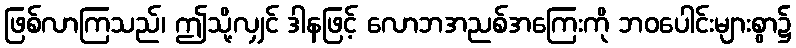
ဖြစ်လာကြသည်၊ ဤသို့လျှင် ဒါနဖြင့် လောဘအညစ်အကြေးကို ဘဝပေါင်းများစွာ၌